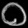
Digit: ၀